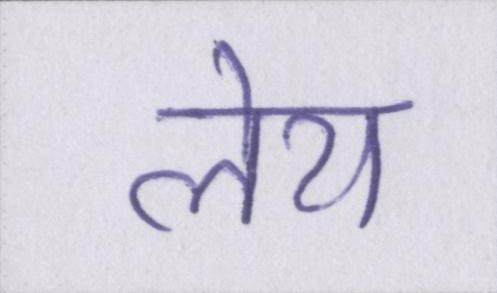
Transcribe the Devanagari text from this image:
लेय